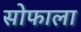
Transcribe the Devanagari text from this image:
सोफाला